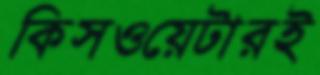
কিসওয়েটারই